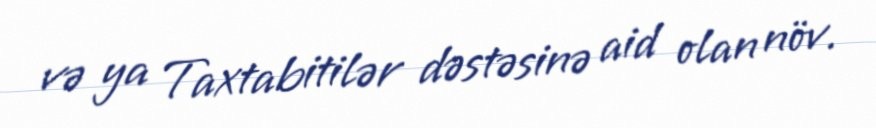
və ya Taxtabitilər dəstəsinə aid olan növ.